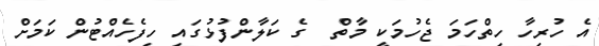
އެ ހުރިހާ ހިތްހަމަ ޖެހުމަކީ މާތް  ގެ ކަލާންފުޅުގައި ހިފެހެއްޓުން ކަމަށް